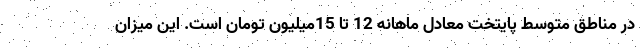
در مناطق متوسط پایتخت معادل ماهانه 12 تا 15میلیون تومان است. این میزان